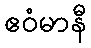
ဧဝံမာနီ